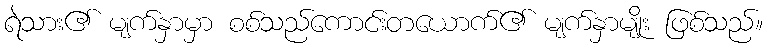
ရဲသား၏ မျက်နှာမှာ စစ်သည်ကောင်းတယောက်၏ မျက်နှာမျိုး ဖြစ်သည်။